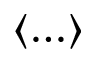
\langle \ldots \rangle